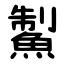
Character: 䱥